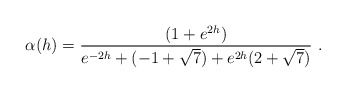
\begin{align*}\alpha (h) = \frac{(1 + e^{2h})}{e^{-2h} + (-1+\sqrt{7}) + e^{2h} (2 + \sqrt{7})}\ . \end{align*}